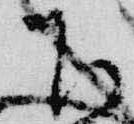
下